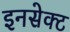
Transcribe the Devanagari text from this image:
इनसेक्ट